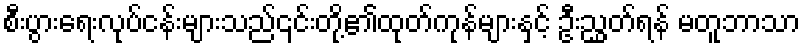
စီးပွားရေးလုပ်ငန်းများသည်၎င်းတို့၏ထုတ်ကုန်များနှင့် ဦးညွှတ်ရန် မတူဘာသာ